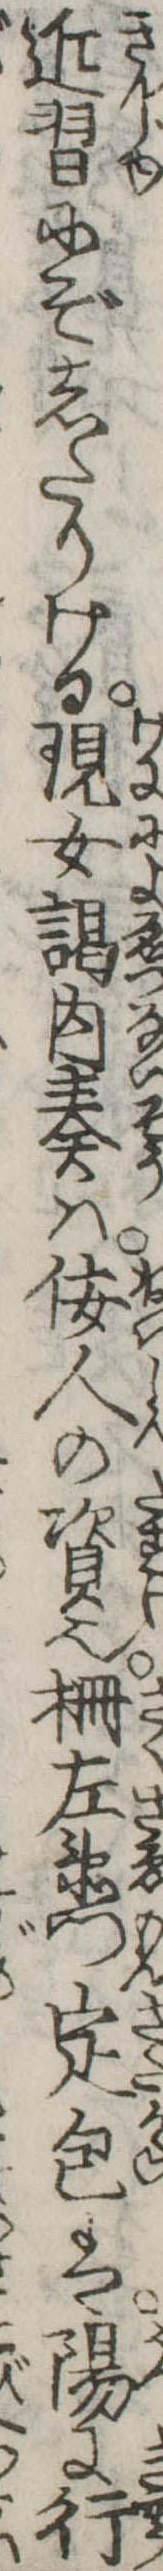
近習にぞしたりける現女謁内奏は佞人の資也柵左衛門定包は陽に行